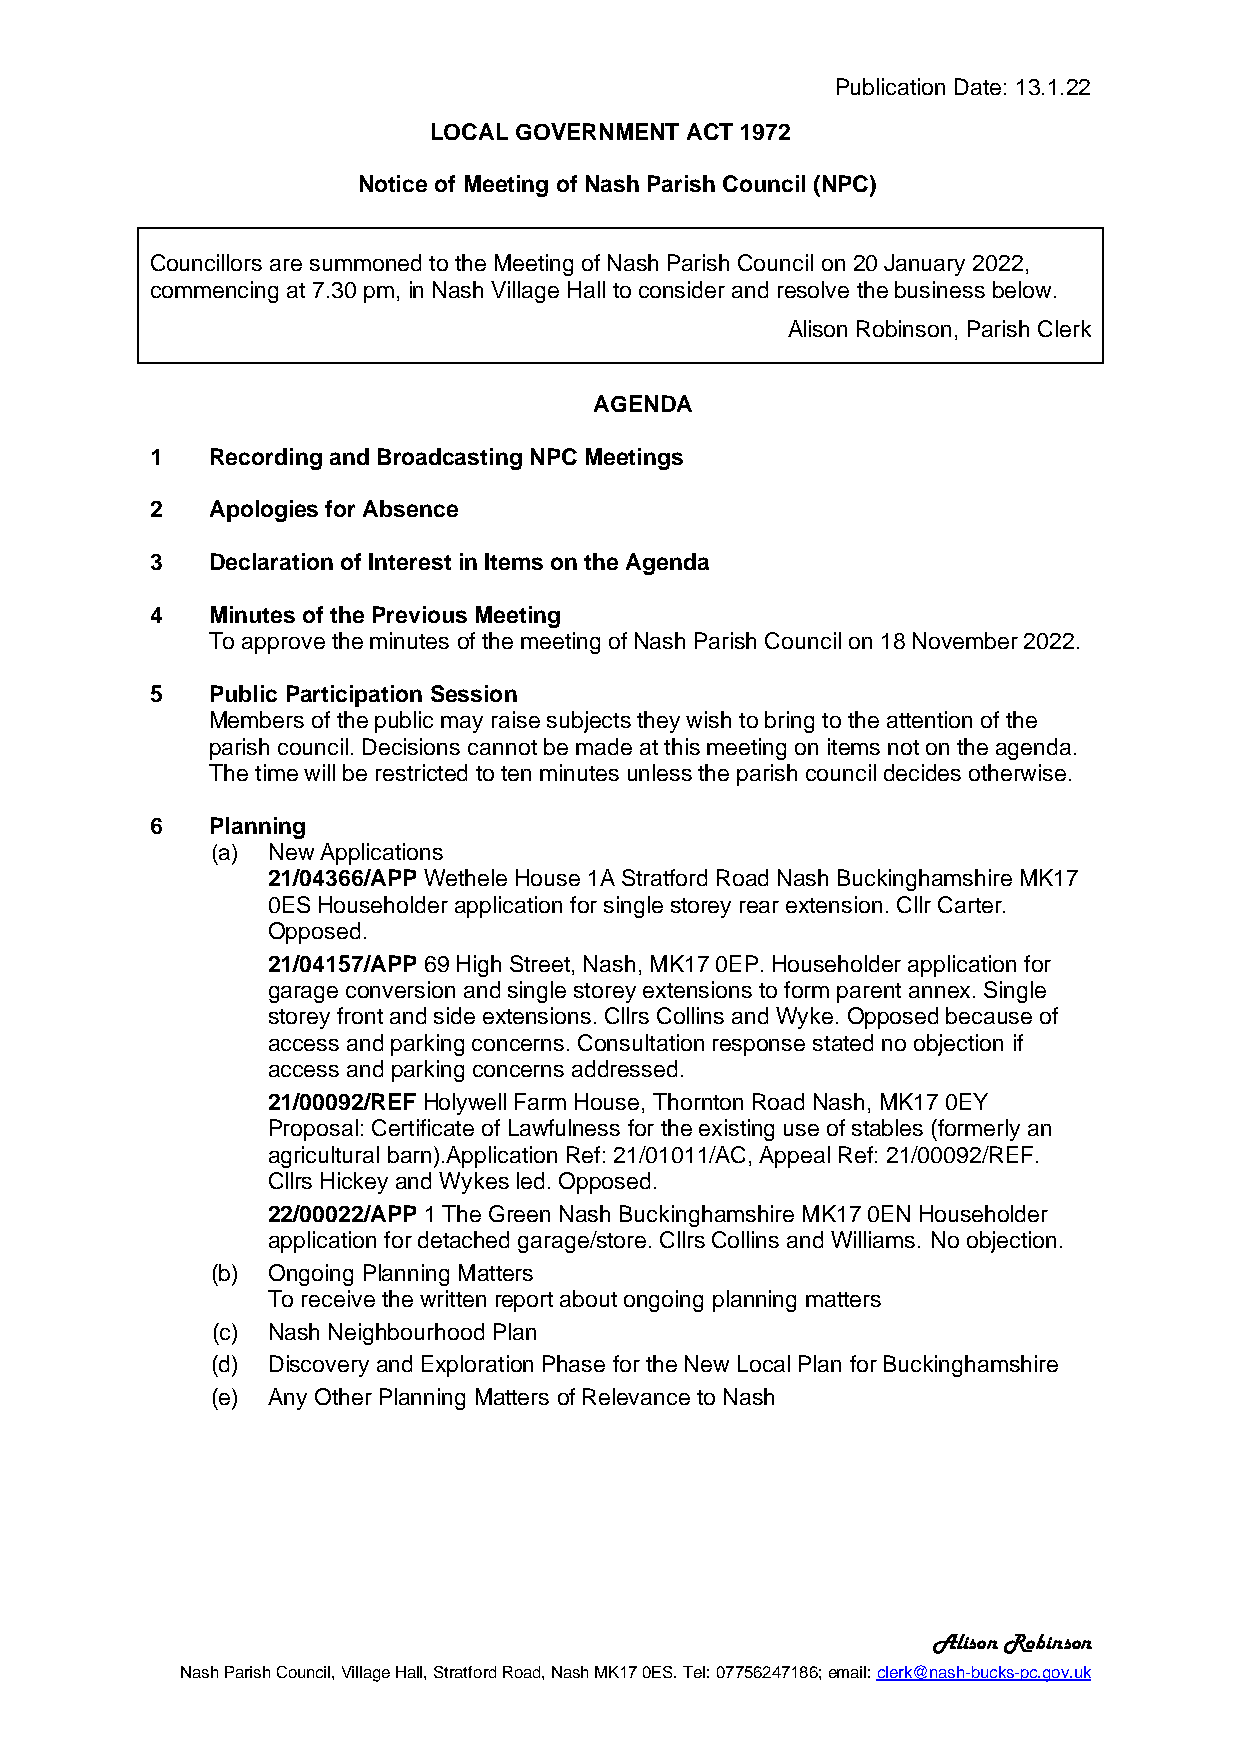
Publication Date: 13.1.22
 LOCAL GOVERNMENT ACT 1972
 Notice of Meeting of Nash Parish Council (NPC)
 Councillors are summoned to the Meeting of Nash Parish Council on 20 January 2022,
 commencing at 7.30 pm, in Nash Village Hall to consider and resolve the business below.
 Alison Robinson, Parish Clerk
 AGENDA
 1   Recording and Broadcasting NPC Meetings
 2   Apologies for Absence
 3   Declaration of Interest in Items on the Agenda
 4   Minutes of the Previous Meeting
 To approve the minutes of the meeting of Nash Parish Council on 18 November 2022.
 5   Public Participation Session
 Members of the public may raise subjects they wish to bring to the attention of the
 parish council. Decisions cannot be made at this meeting on items not on the agenda.
 The time will be restricted to ten minutes unless the parish council decides otherwise.
 6   Planning
 (a) New Applications
 21/04366/APP Wethele House 1A Stratford Road Nash Buckinghamshire MK17
 0ES Householder application for single storey rear extension. Cllr Carter.
 Opposed.
 21/04157/APP 69 High Street, Nash, MK17 0EP. Householder application for
 garage conversion and single storey extensions to form parent annex. Single
 storey front and side extensions. Cllrs Collins and Wyke. Opposed because of
 access and parking concerns. Consultation response stated no objection if
 access and parking concerns addressed.
 21/00092/REF Holywell Farm House, Thornton Road Nash, MK17 0EY
 Proposal: Certificate of Lawfulness for the existing use of stables (formerly an
 agricultural barn).Application Ref: 21/01011/AC, Appeal Ref: 21/00092/REF.
 Cllrs Hickey and Wykes led. Opposed.
 22/00022/APP 1 The Green Nash Buckinghamshire MK17 0EN Householder
 application for detached garage/store. Cllrs Collins and Williams. No objection.
 (b) Ongoing Planning Matters
 To receive the written report about ongoing planning matters
 (c) Nash Neighbourhood Plan
 (d) Discovery and Exploration Phase for the New Local Plan for Buckinghamshire
 (e) Any Other Planning Matters of Relevance to Nash
 Alison Robinson
 Nash Parish Council, Village Hall, Stratford Road, Nash MK17 0ES. Tel: 07756247186; email: clerk@nash-bucks-pc.gov.uk